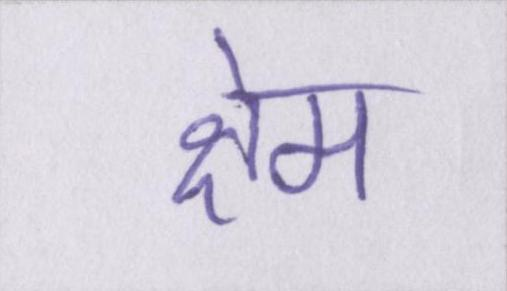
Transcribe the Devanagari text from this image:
क्षेम